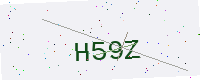
Text: H59Z